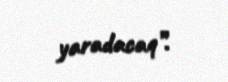
yaradacaq”.